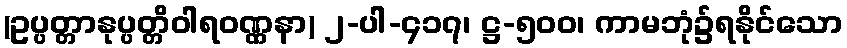
(ဥပ္ပတ္တာနုပ္ပတ္တိဝါရဝဏ္ဏနာ) ၂-ပါ-၄၁၇၊ ဋ္ဌ-၅၀၀၊ ကာမဘုံ၌ရနိုင်သော